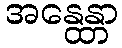
အနွေန္တာ